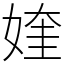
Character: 㛻